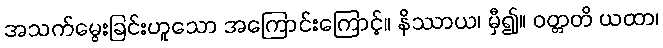
အသက်မွေးခြင်းဟူသော အကြောင်းကြောင့်။ နိဿာယ၊ မှီ၍။ ဝတ္တတိ ယထာ၊